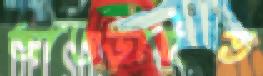
আওড়াইত